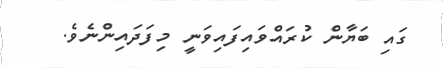
ގައި ބަޔާން ކުރައްވައިފައިވަނީ މިފަދައިންނެވެ.